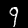
Label: 9